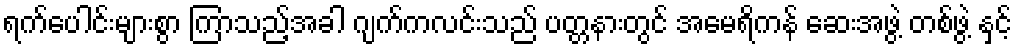
ရက်ပေါင်းများစွာ ကြာသည့်အခါ ဂျက်ကလင်းသည် ပတ္တနားတွင် အမေရိကန် ဆေးအဖွဲ့ တစ်ဖွဲ့ နှင့်